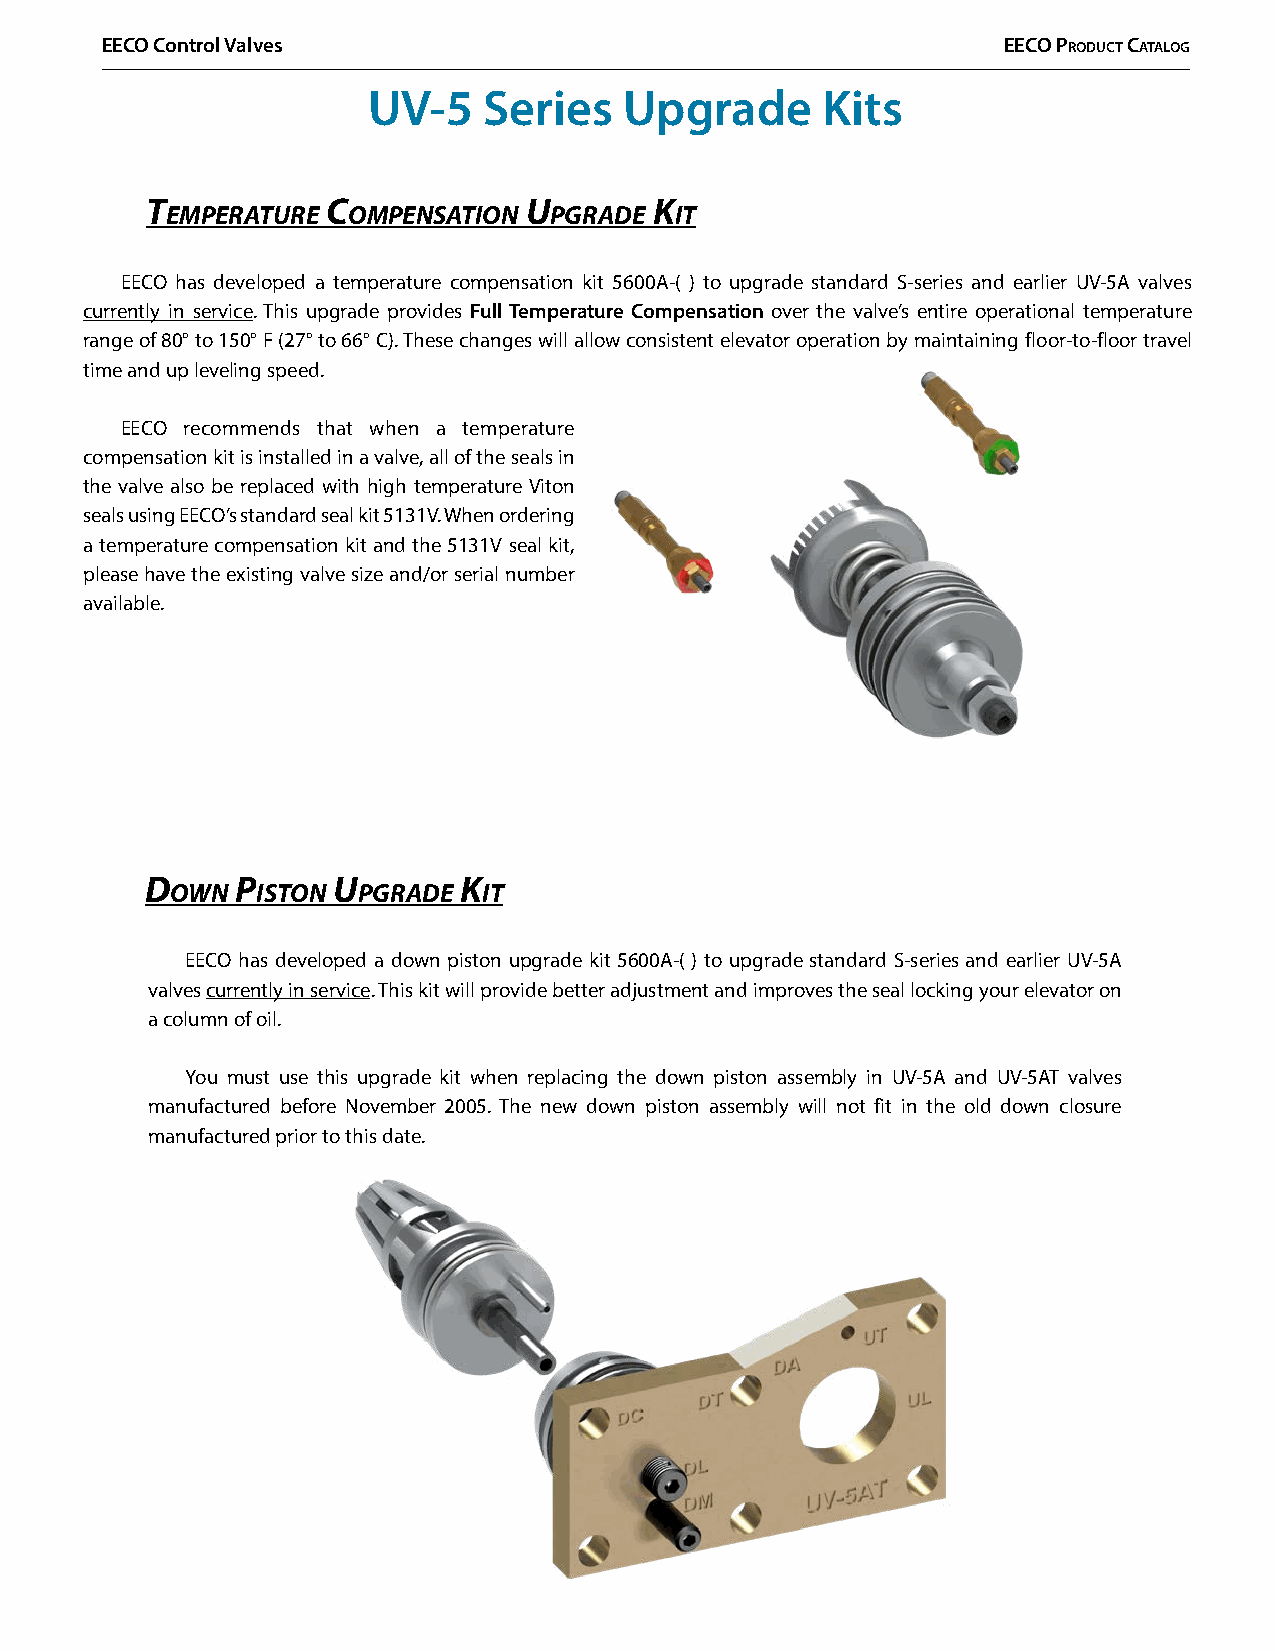
EECO Control Valves                                        EECO PrOduCt CatalOg
 UV-5    Series   Upgrade      Kits
 t           C            u       k
 eMperature  oMpensation  pgraDe   it
 EECO has developed a temperature compensation kit 5600A-( ) to upgrade standard S-series and earlier UV-5A valves
 currently in service. This upgrade provides Full Temperature Compensation over the valve’s entire operational temperature
 range of 80° to 150° F (27° to 66° C). These changes will allow consistent elevator operation by maintaining floor-to-floor travel
 time and up leveling speed.
 EECO recommends that when a temperature
 compensation kit is installed in a valve, all of the seals in
 the valve also be replaced with high temperature Viton
 seals using EECO’s standard seal kit 5131V. When ordering
 a temperature compensation kit and the 5131V seal kit,
 please have the existing valve size and/or serial number
 available.
 D     p     u       k
 own   iston  pgraDe  it
 EECO has developed a down piston upgrade kit 5600A-( ) to upgrade standard S-series and earlier UV-5A
 valves currently in service. This kit will provide better adjustment and improves the seal locking your elevator on
 a column of oil.
 You must use this upgrade kit when replacing the down piston assembly in UV-5A and UV-5AT valves
 manufactured before November 2005. The new down piston assembly will not fit in the old down closure
 manufactured prior to this date.
 Page 42